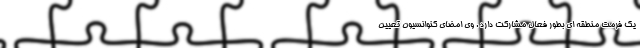
یک فرمت منطقه ای بطور فعال مشارکت دارد . وی امضای کنوانسیون تعیین